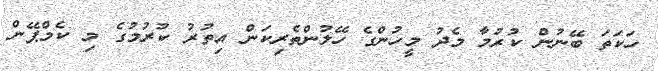
ހަކަތަ ބޭނުން ކުރުމާ މެދު މީހުންގެ ހޭލުންތެރިކަން އިތުރު ކުރުމުގެ މި ކެމްޕޭން